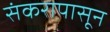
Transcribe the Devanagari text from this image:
संकरापासून